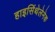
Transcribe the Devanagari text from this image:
हाइसिंथेलेनेक